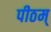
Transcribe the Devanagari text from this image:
पीठम्